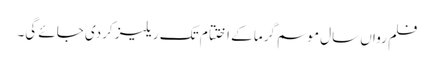
فلم رواں سال موسم گرما کے اختتام تک ریلیز کردی جائے گی۔